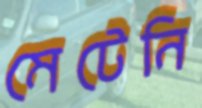
মেটেনি